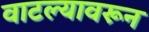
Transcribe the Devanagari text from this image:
वाटल्यावरून